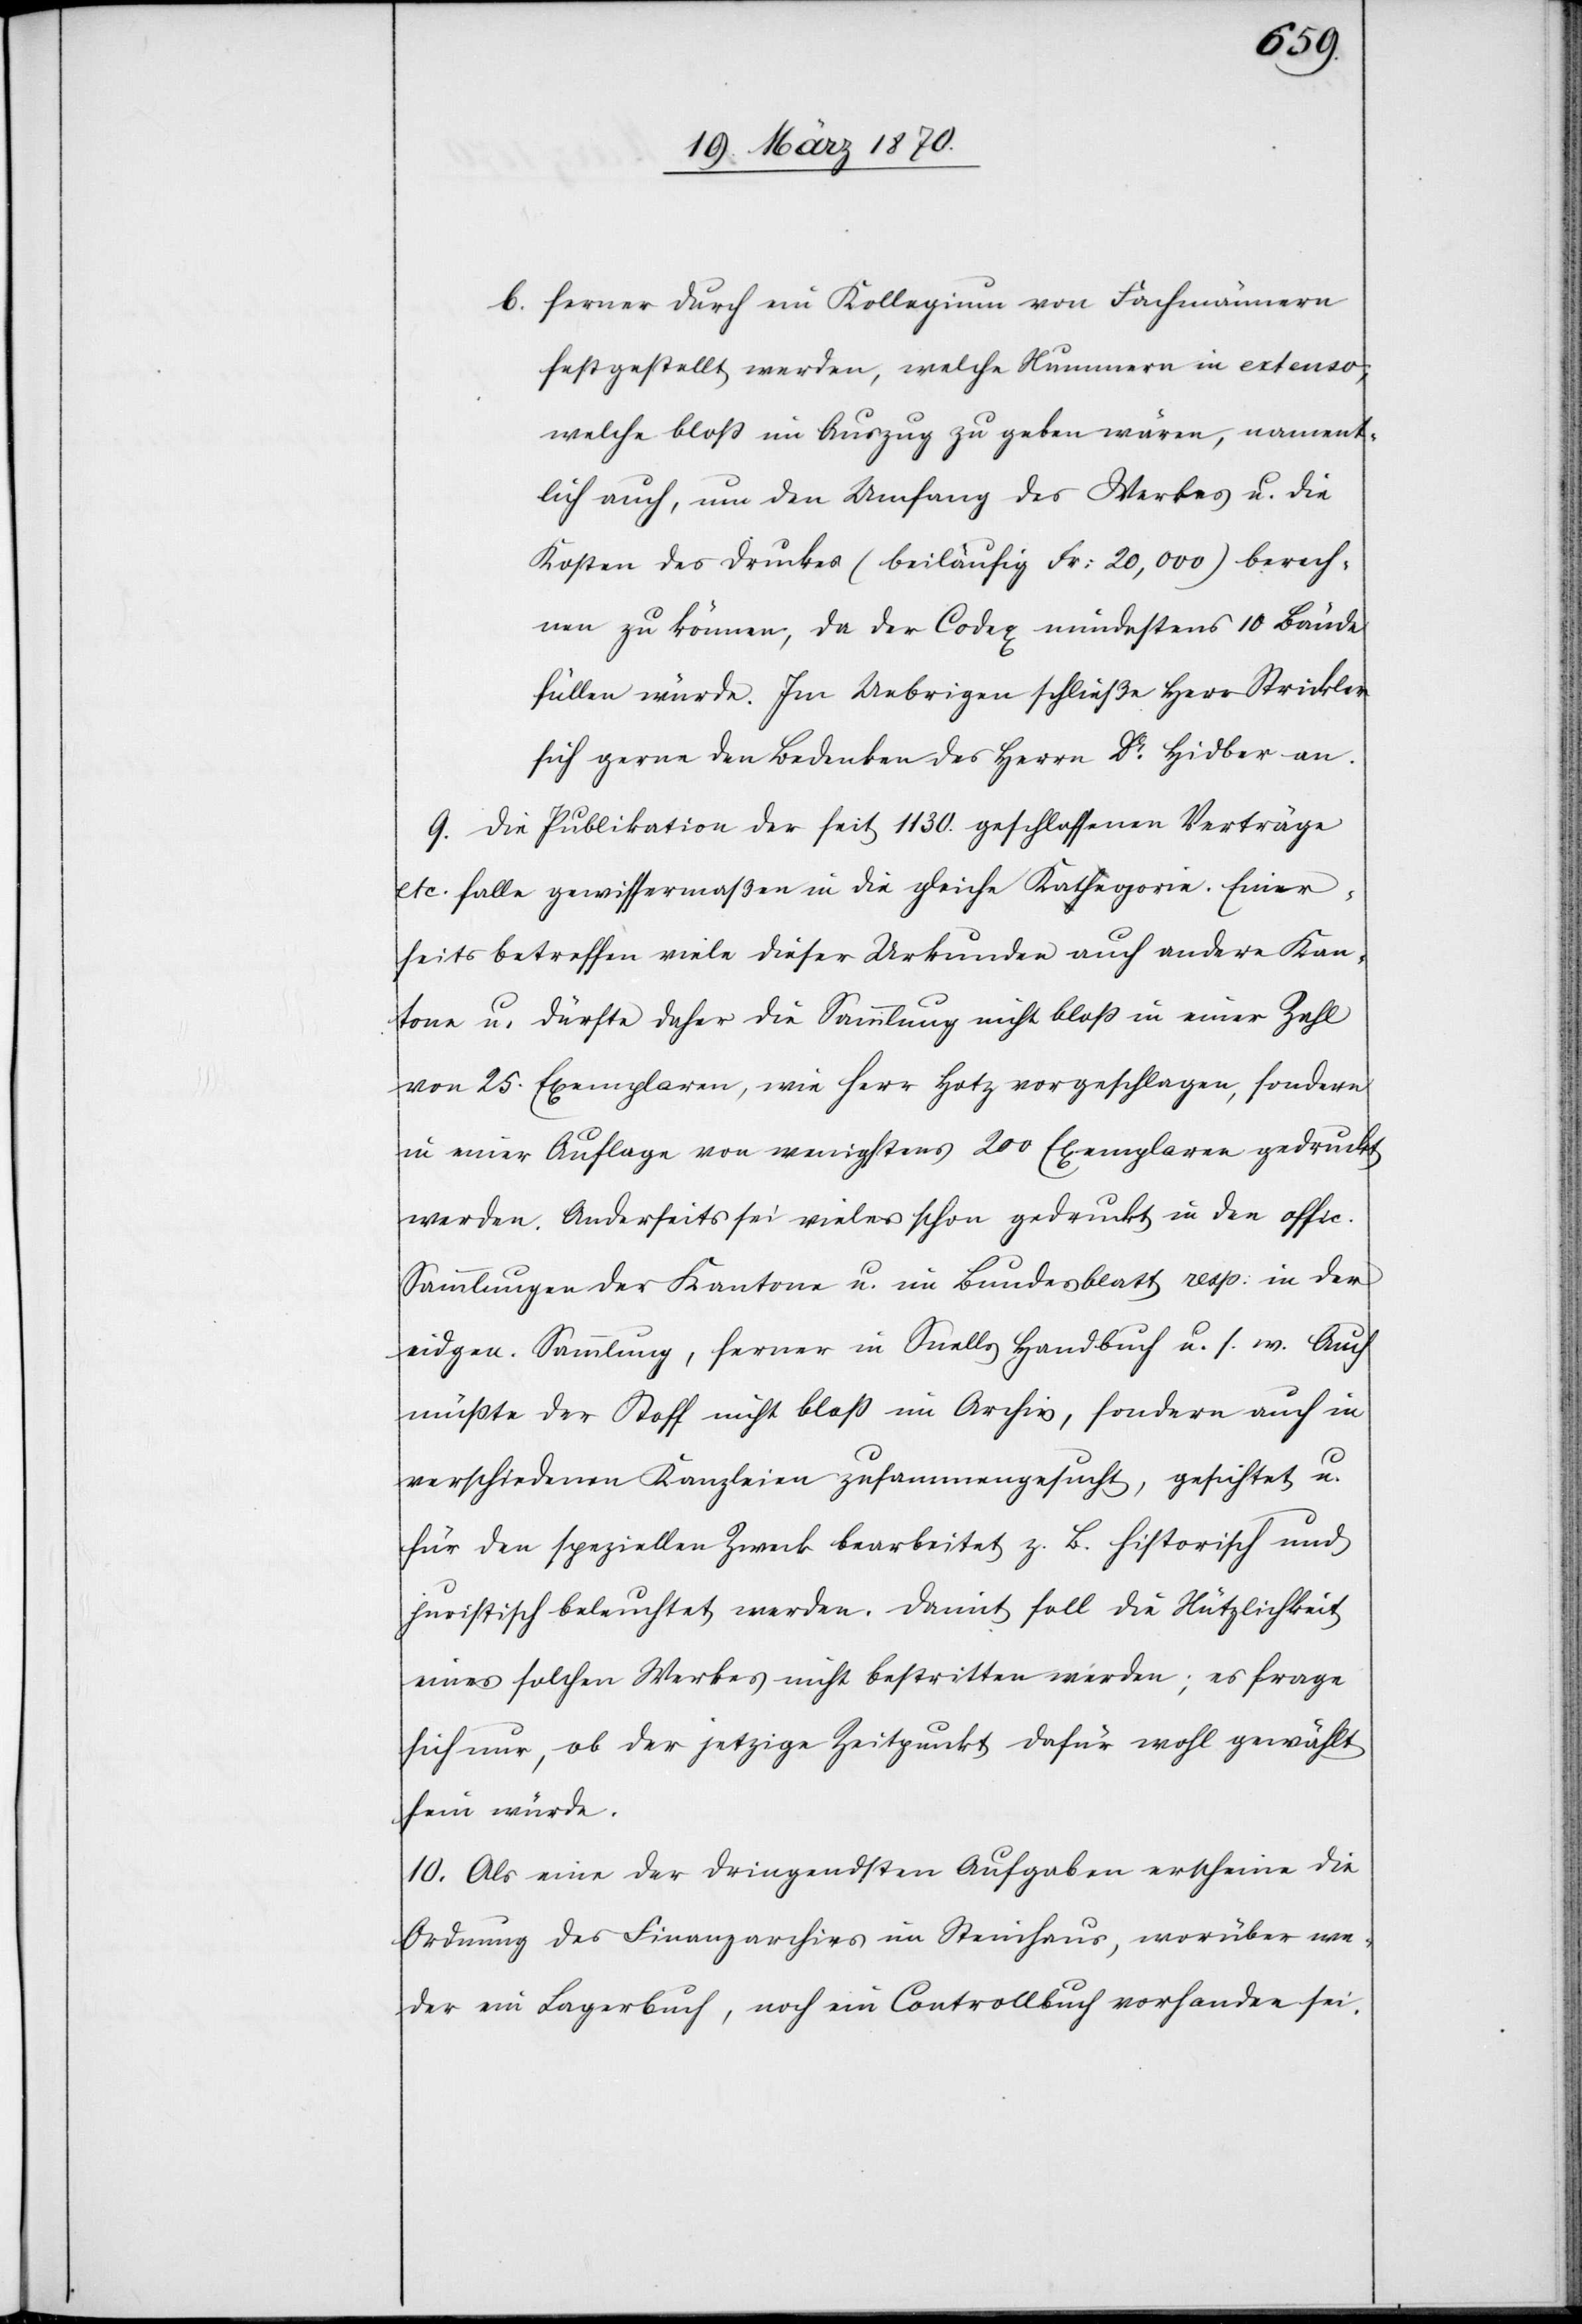
b. ferner durch ein Kollegium von Fachmännern
festgestellt werden, welche Nummern in extenso,
welche bloß im Auszug zu geben wären, nament¬
lich auch, um den Umfang des Werkes u. die
Kosten des Druckes (beiläufig Fr: 20,000) berech¬
nen zu können, da der Codex mindestens 10 Bände
füllen würde. Im Uebrigen schließe Herr Strickler
sich gerne den Bedenken des Herrn Dr. Hidber an.
9. Die Publikation der seit 1130. geschlossenen Verträge
etc. falle gewissermaßen in die gleiche Kata-h-agorie. Einer¬
seits betreffen viele dieser Urkunden auch andere Kan¬
tone u. dürfte daher die Sammlung nicht bloß in einer Zahl
von 25. Exemplaren, wie Herr Hotz vorgeschlagen, sondern
in einer Auflage von wenigstens 200 Exemplaren gedruckt
werden. Anderseits sei vieles schon gedruckt in der offi¬
c. Sammlung, ferner in Snells Handbuch u. s. w. Auch
müßte der Stoff nicht bloß im Archiv, sondern auch in
verschiedenen Kanzleien zusammengesucht, gesichtet u.
für den speziellen Zweck bearbeitet z. B. historisch und
juristisch beleuchtet werden. Damit soll die Nützlichkeit
eines solchen Werkes nicht bestritten werden; es frage
sich nur, ob der jetzige Zeitpunkt dafür wohl gewählt
sein würde.
10. Als eine der dringendsten Aufgaben erscheine die
Ordnung des Finanzarchivs im Steinhaus, worüber we¬
der ein Lagerbuch, noch ein Controllbuch vorhanden sei.